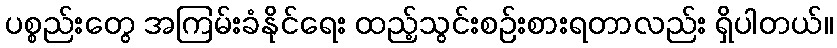
ပစ္စည်းတွေ အကြမ်းခံနိုင်ရေး ထည့်သွင်းစဉ်းစားရတာလည်း ရှိပါတယ်။